Annual report of the Bengal Veterinary College and of the Civil Veterinary Department, Bengal, for the year 1910-1911 - 1910-1911
Year: 1910
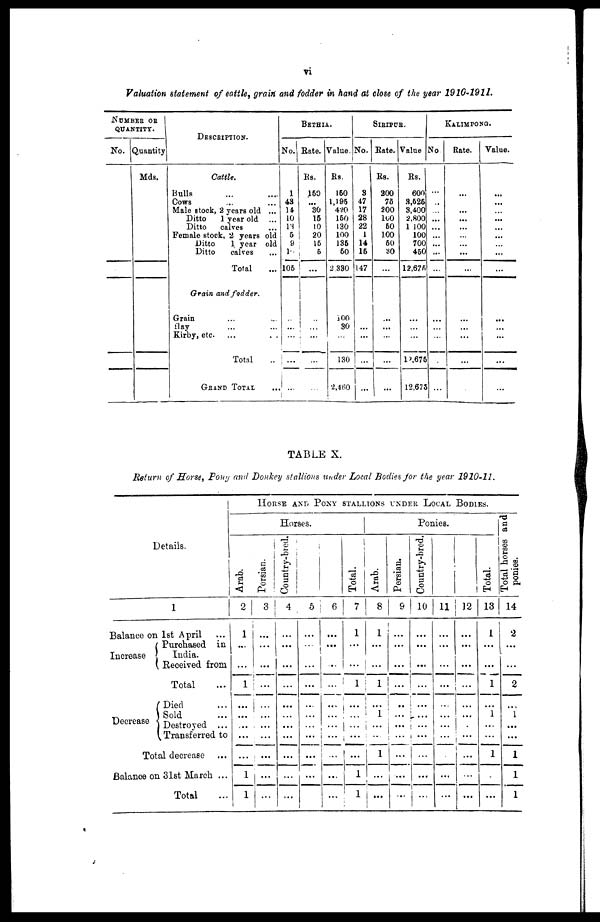
vi
Valuation statement of eattle, grain and fodder in hand at close of the year 1910-1911.
NUMBER OF
QUANTITY.
No. Quantity
Mds.
DESCRIPTION.
Cattle,
Bulls
Cows
Male stock, 2 years old ...
Ditto
1 year old ...
Ditto
calves
Female stock, 2 years old
Ditto
1 year old
Ditto
calves
Total
Grain and fodder.
Grain
Hay
Kirby, etc.
Total
GRAND TOTAL
BETHIA.
No.
1
43
14
10
13
5
9
1.
105
...
...
...
Rate.
Rs.
150
...
30
15
10
20
15
5
...
...
...
...
Value.
Rs.
150
1,195
420
150
130
100
135
50
2.330
100
30
130
'2,460
SIRIPUR.
No.
3
47
17
28
22
1
14
15
147
...
...
...
...
...
Bate.
Rs.
200
75
200
100
50
100
50
30
...
...
...
...
...
...
Value
Rs.
600
3,525
3,400
2,800
1 100
100
700
450
12,675
...
...
...
12,675
12,675
KALIMPONG.
No.
...
...
...
...
...
...
...
...
...
...
Rate.
...
...
...
...
...
...
...
...
...
...
Value.
...
...
...
...
...
...
...
...
...
...
...
TABLE X.
Return of Horse, Pony and Donkey stallions under Local Bodies for the year 1910-11.
Details.
1
Balance on 1st April …
Increase
Purchased in
India.
Received from
Total
Decrease
Died
Sold
Destroyed ...
Transferred to
Total decrease
Balance on 31st March ...
Total
HORSE AND POKY STALLIONS UNDER LOCAL BODIES.
Horses.
Arab.
2
1
...
...
1
...
...
...
1
1
Persian.
3
...
...
...
...
...
…
...
Country-bred.
4
...
...
...
...
...
...
...
...
...
5
...
...
...
...
...
...
...
...
6
...
...
...
...
...
...
...
...
...
...
...
Total.
7
1
...
1
...
...
...
...
...
1
1
Ponies.
Arab.
8
1
...
...
1
...
1
...
...
1
...
...
Persian.
9
...
...
..
...
...
...
...
...
...
Country-bred.
10
...
...
...
...
...
...
...
...
...
...
11
...
...
...
...
...
...
...
...
12
...
...
...
...
...
...
...
...
...
Total.
13
1
...
...
1
1
...
...
1
...
Total horses and
ponies.
14
2
...
...
...
2
1
...
...
1
I
1